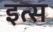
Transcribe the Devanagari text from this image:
इत्स